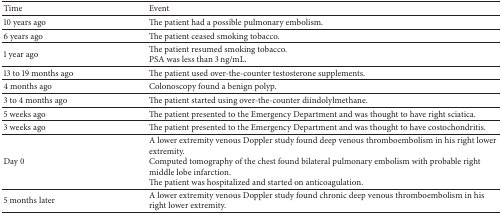
<table><thead><tr><td><b>Time</b></td><td><b>Event</b></td></tr></thead><tbody><tr><td>10 years ago</td><td>The patient had a possible pulmonary embolism.</td></tr><tr><td>6 years ago</td><td>The patient ceased smoking tobacco.</td></tr><tr><td>1 year ago</td><td>The patient resumed smoking tobacco.PSA was less than 3 ng/mL.</td></tr><tr><td>13 to 19 months ago</td><td>The patient used over-the-counter testosterone supplements.</td></tr><tr><td>4 months ago</td><td>Colonoscopy found a benign polyp.</td></tr><tr><td>3 to 4 months ago</td><td>The patient started using over-the-counter diindolylmethane.</td></tr><tr><td>5 weeks ago</td><td>The patient presented to the Emergency Department and was thought to have right sciatica.</td></tr><tr><td>3 weeks ago</td><td>The patient presented to the Emergency Department and was thought to have costochondritis.</td></tr><tr><td>Day 0</td><td>A lower extremity venous Doppler study found deep venous thromboembolism in his right lower extremity.Computed tomography of the chest found bilateral pulmonary embolism with probable right middle lobe infarction.The patient was hospitalized and started on anticoagulation.</td></tr><tr><td>5 months later</td><td>A lower extremity venous Doppler study found chronic deep venous thromboembolism in his right lower extremity.</td></tr></tbody></table>